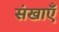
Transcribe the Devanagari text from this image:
संखाएँ